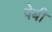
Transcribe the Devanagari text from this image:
पेबी